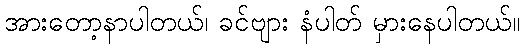
အားတော့နာပါတယ်၊ ခင်ဗျား နံပါတ် မှားနေပါတယ်။